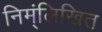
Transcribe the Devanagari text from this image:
निम्ंलिखित